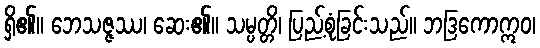
ရှိ၏။ ဘေသဇ္ဇဿ၊ ဆေး၏။ သမ္ပတ္တိ၊ ပြည့်စုံခြင်းသည်။ ဘဒြကောဣဝ၊